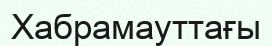
Хабрамауттағы